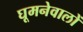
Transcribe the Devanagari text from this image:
घूमनेवालों